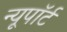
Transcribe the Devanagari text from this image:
न्यूपाॅर्ट